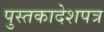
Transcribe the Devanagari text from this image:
पुस्तकादेशपत्र